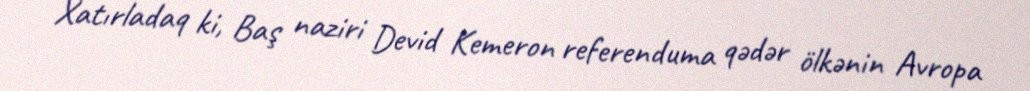
Xatırladaq ki, Baş naziri Devid Kemeron referenduma qədər ölkənin Avropa